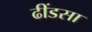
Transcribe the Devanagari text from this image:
ढींडसा